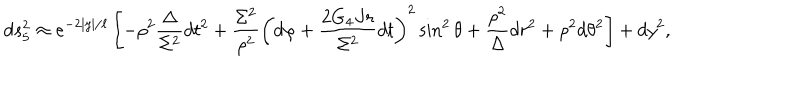
d s _ { 5 } ^ { 2 } \approx e ^ { - 2 | y | / \ell } \left[ - \rho ^ { 2 } \frac { \Delta } { \Sigma ^ { 2 } } d t ^ { 2 } + \frac { \Sigma ^ { 2 } } { \rho ^ { 2 } } \left( d \varphi + \frac { 2 G _ { 4 } J r } { \Sigma ^ { 2 } } d t \right) ^ { 2 } \sin ^ { 2 } { \theta } + \frac { \rho ^ { 2 } } { \Delta } d r ^ { 2 } + \rho ^ { 2 } d \theta ^ { 2 } \right] + d y ^ { 2 } ,